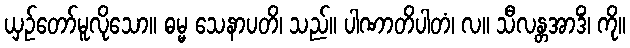
ယှဉ်တော်မူလိုသော။ ဓမ္မ သေနာပတိ၊ သည်။ ပါဏာတိပါတံ၊ လ။ သီလန္တအာဒိံ၊ ကို။